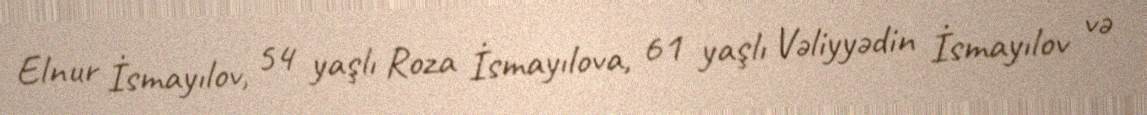
Elnur İsmayılov, 54 yaşlı Roza İsmayılova, 61 yaşlı Vəliyyədin İsmayılov və